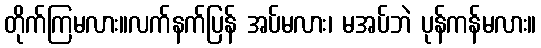
တိုက်ကြမလား။လက်နက်ပြန် အပ်မလား၊ မအပ်ဘဲ ပုန်ကန်မလား။